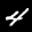
Label: 4